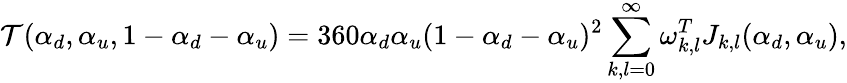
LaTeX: {\cal T}(\alpha_{d},\alpha_{u},1-\alpha_{d}-\alpha_{u})=360\alpha_{d}\alpha_{u}(1-\alpha_{d}-\alpha_{u})^{2}\sum_{k,l=0}^{\infty}\omega_{k,l}^{T}J_{k,l}(\alpha_{d},\alpha_{u}),